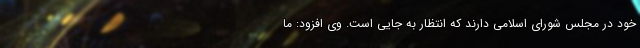
خود در مجلس شورای اسلامی دارند که انتظار به جایی است. وی افزود: ما